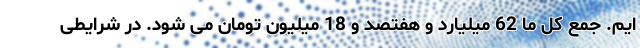
ایم. جمع کل ما 62 میلیارد و هفتصد و 18 میلیون تومان می شود. در شرایطی